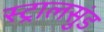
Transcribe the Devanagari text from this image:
स्ट्रालसुंड